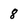
Character: 8